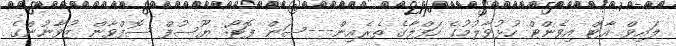
ލައިވް އާޓް އިވެންޓް ހުޅުވާލުމުގެ ހަފްލާގެ ތެރެއިން---ސަން ފޮޓޯ: ޔޫސުފް ސޮފްވާން ޒުވާނުންގެ